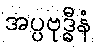
အပ္ပဗုဒ္ဓီနံ